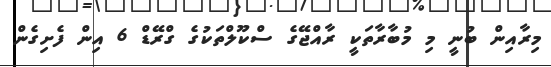
މިރާއިން ބުނީ މި މުބާރާތަކީ ރާއްޖޭގެ ސްކޫލްތަކުގެ ގްރޭޑް 6 އިން ފެށިގެން